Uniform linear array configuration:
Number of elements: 8
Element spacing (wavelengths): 0.5
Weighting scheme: hamming
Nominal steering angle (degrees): -45
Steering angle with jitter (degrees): -43.723
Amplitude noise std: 0.05
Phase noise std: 0.05

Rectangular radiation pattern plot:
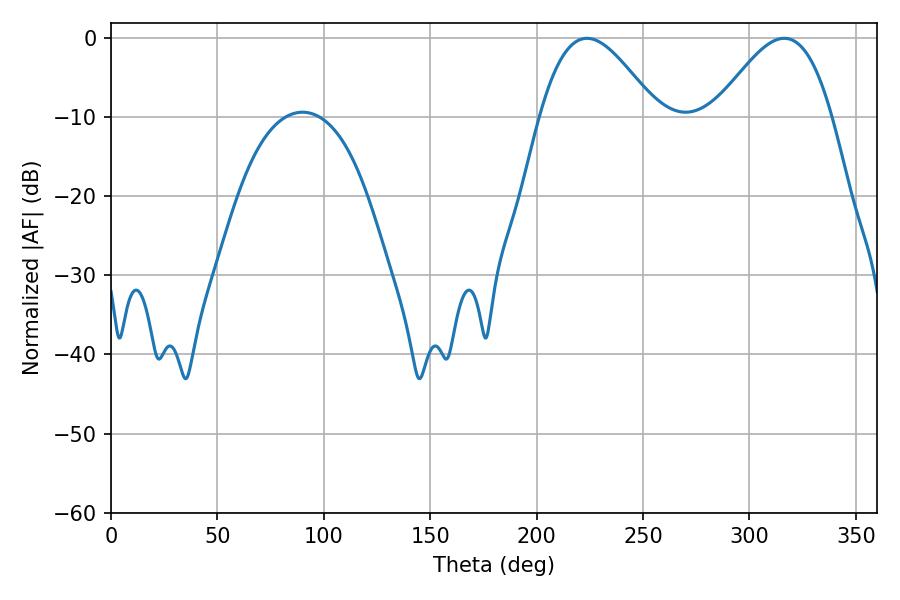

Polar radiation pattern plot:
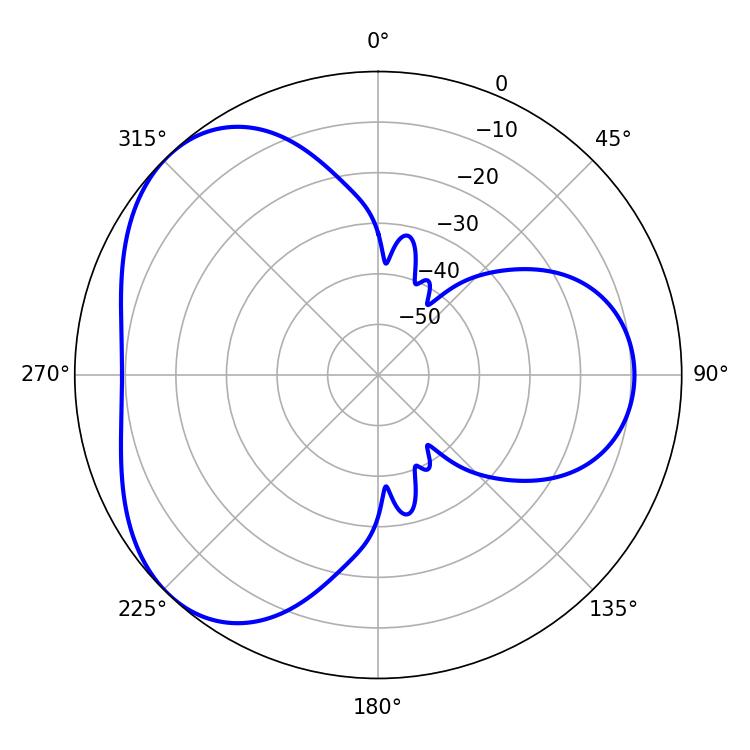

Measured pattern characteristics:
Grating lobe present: FALSE
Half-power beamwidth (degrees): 29.52
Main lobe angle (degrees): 223.56